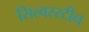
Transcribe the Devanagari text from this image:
सिल्वरस्टीन